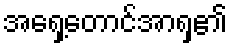
အရှေ့တောင်အာရှ၏